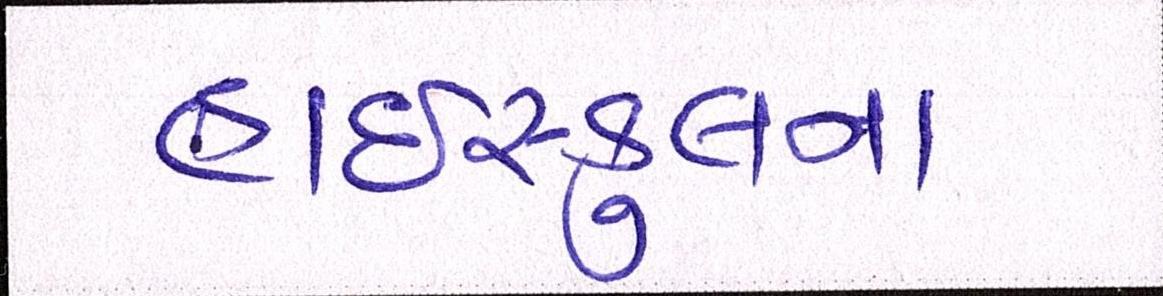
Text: હાઇસ્કુલના